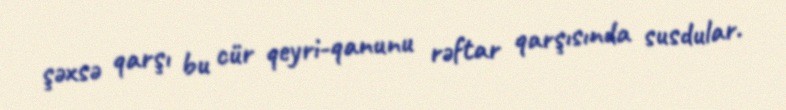
şəxsə qarşı bu cür qeyri-qanunu rəftar qarşısında susdular.